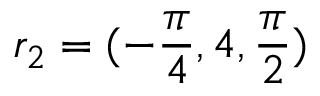
r _ { 2 } = ( - \frac { \pi } { 4 } , 4 , \frac { \pi } { 2 } )